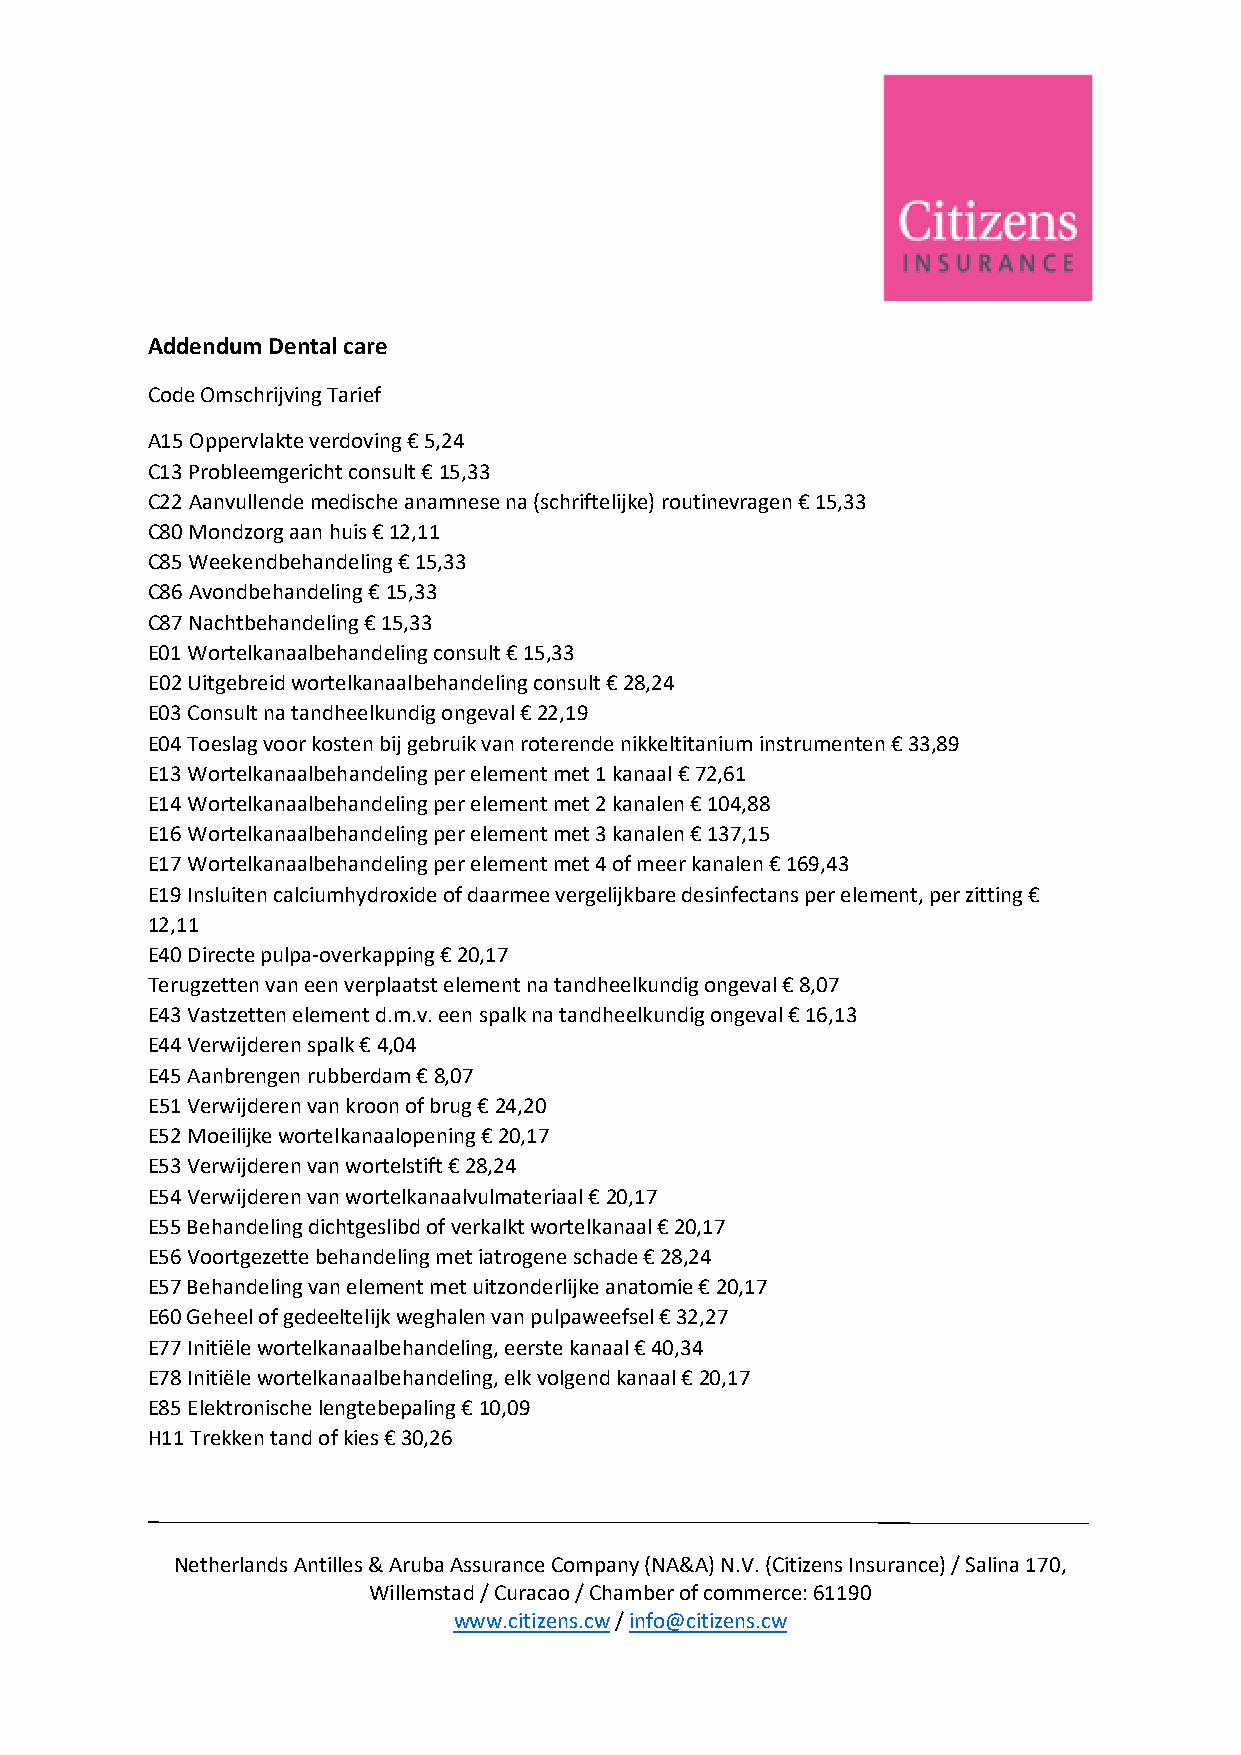
Addendum Dental care
 Code Omschrijving Tarief
 A15 Oppervlakte verdoving € 5,24
 C13 Probleemgericht consult € 15,33
 C22 Aanvullende medische anamnese na (schriftelijke) routinevragen € 15,33
 C80 Mondzorg aan huis € 12,11
 C85 Weekendbehandeling € 15,33
 C86 Avondbehandeling € 15,33
 C87 Nachtbehandeling € 15,33
 E01 Wortelkanaalbehandeling consult € 15,33
 E02 Uitgebreid wortelkanaalbehandeling consult € 28,24
 E03 Consult na tandheelkundig ongeval € 22,19
 E04 Toeslag voor kosten bij gebruik van roterende nikkeltitanium instrumenten € 33,89
 E13 Wortelkanaalbehandeling per element met 1 kanaal € 72,61
 E14 Wortelkanaalbehandeling per element met 2 kanalen € 104,88
 E16 Wortelkanaalbehandeling per element met 3 kanalen € 137,15
 E17 Wortelkanaalbehandeling per element met 4 of meer kanalen € 169,43
 E19 Insluiten calciumhydroxide of daarmee vergelijkbare desinfectans per element, per zitting €
 12,11
 E40 Directe pulpa-overkapping € 20,17
 Terugzetten van een verplaatst element na tandheelkundig ongeval € 8,07
 E43 Vastzetten element d.m.v. een spalk na tandheelkundig ongeval € 16,13
 E44 Verwijderen spalk € 4,04
 E45 Aanbrengen rubberdam € 8,07
 E51 Verwijderen van kroon of brug € 24,20
 E52 Moeilijke wortelkanaalopening € 20,17
 E53 Verwijderen van wortelstift € 28,24
 E54 Verwijderen van wortelkanaalvulmateriaal € 20,17
 E55 Behandeling dichtgeslibd of verkalkt wortelkanaal € 20,17
 E56 Voortgezette behandeling met iatrogene schade € 28,24
 E57 Behandeling van element met uitzonderlijke anatomie € 20,17
 E60 Geheel of gedeeltelijk weghalen van pulpaweefsel € 32,27
 E77 Initiële wortelkanaalbehandeling, eerste kanaal € 40,34
 E78 Initiële wortelkanaalbehandeling, elk volgend kanaal € 20,17
 E85 Elektronische lengtebepaling € 10,09
 H11 Trekken tand of kies € 30,26
 Netherlands Antilles & Aruba Assurance Company (NA&A) N.V. (Citizens Insurance) / Salina 170,
 Willemstad / Curacao / Chamber of commerce: 61190
 www.citizens.cw / info@citizens.cw